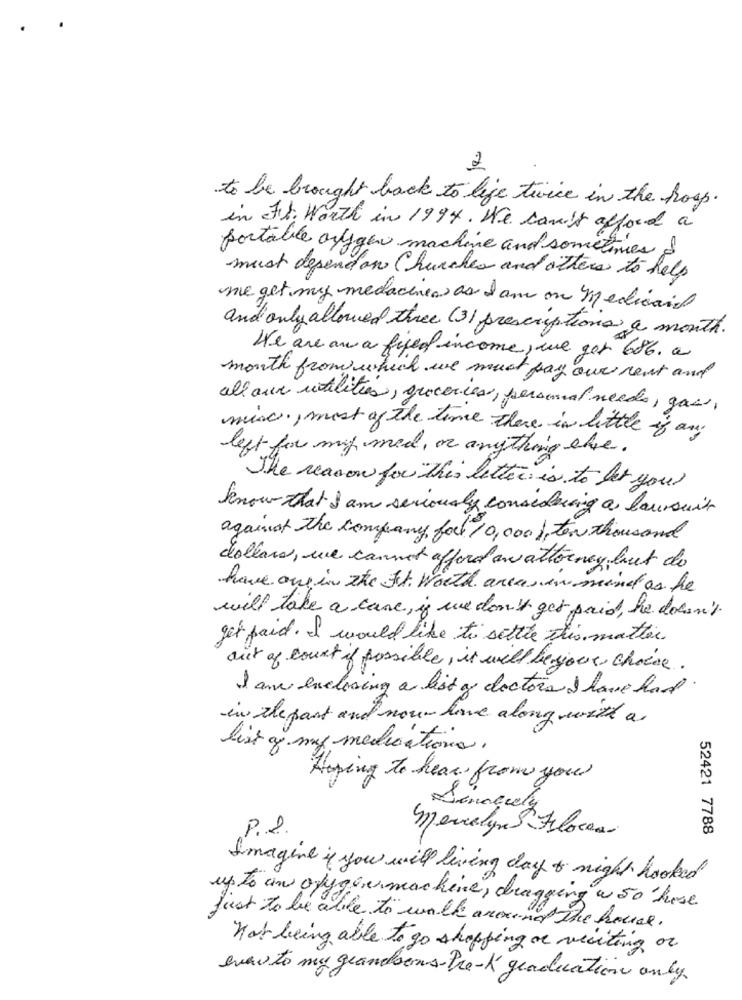
.
2
to be brought back to life twice in the hoop.
in Ft. Worth in 1994. We can't afford a
portatile onlygen machine and sometimes
must depend on Churches and others to help
me get my medacines as I am on medicaid
and only allowed three (3) prescriptions a month.
We are an a fixed income, we got 686. a
month from which we must pay our rent and
all'aux utilities, groceries, personal needs, gas,
minc ., most of the time there is little if any
left for mig med, or anything else.
The reason for this letter is to let you
know that I am seriously considering a lawsuit
against the company forl 10,0001, ten thousand
dollars, we cannot afford an attorney but do
have one in the Ft. Worth areas in mind as he
will take a cane, if we don't get paid, he doesn't
get paid. I would like to settle this matter
out of court if possible, it will be your choice.
I am enclosing a list of doctors I have had.
in the past and now- live along with a
list of my medications.
Hoping to hear from you
P.2.
Mercoluna 5 Flores
52421 7788
Imagine if you will living day & night hooked
up to an oxygen machine, dragging w So hase
just to be able to walk around
The house.
not being able to go shopping ar veciting or
anew to mu geandsons- Pre-k graduation only